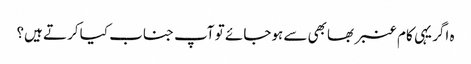
ہ اگر یہی کام عنبر بھابھی سے ہوجائے تو آپ جناب کیا کرتے ہیں؟